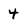
Character: 4